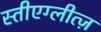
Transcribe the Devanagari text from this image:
स्तीएग्लीत्ज़